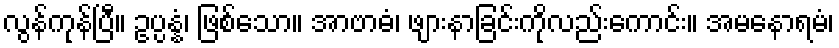
လွန်ကုန်ပြီ။ ဥပ္ပန္နံ၊ ဖြစ်သော။ အာဗာဓံ၊ ဖျားနာခြင်းကိုလည်းကောင်း။ အမနောရမံ၊